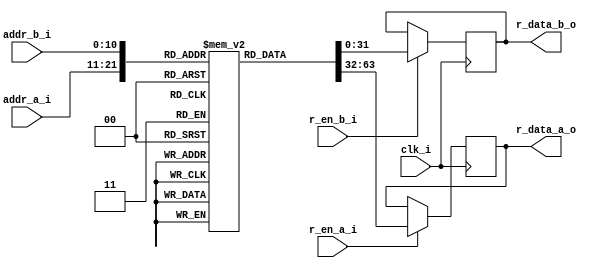
// This program was cloned from: https://github.com/IObundle/iob-soc
// License: MIT License

`timescale 1 ns / 1 ps

module iob_rom_dp #(
   parameter HEXFILE = "none",
   parameter DATA_W  = 32,
   parameter ADDR_W  = 11
) (
   input clk_i,

   input      [(ADDR_W-1):0] addr_a_i,
   input                     r_en_a_i,
   output reg [(DATA_W-1):0] r_data_a_o,

   input      [(ADDR_W-1):0] addr_b_i,
   input                     r_en_b_i,
   output reg [(DATA_W-1):0] r_data_b_o
);

   //this allows ISE 14.7 to work; do not remove
   localparam MEM_INIT_FILE_INT = HEXFILE;


   // Declare the ROM
   reg [DATA_W-1:0] rom[(2**ADDR_W)-1:0];

   // Initialize the ROM
   initial begin
       if (MEM_INIT_FILE_INT != "none") begin
           $readmemh(MEM_INIT_FILE_INT, rom, 0, (2 ** ADDR_W) - 1);
       end
   end

   always @(posedge clk_i) begin  // Port A
      if (r_en_a_i) begin
         r_data_a_o <= rom[addr_a_i];
      end
   end

   always @(posedge clk_i) begin  // Port B
      if (r_en_b_i) begin
         r_data_b_o <= rom[addr_b_i];
      end
   end

endmodule